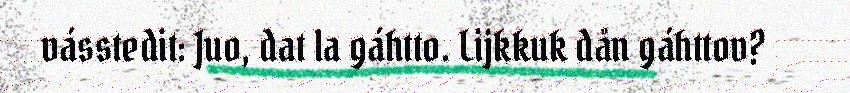
vásstedit: Juo, dat la gáhtto. Lijkkuk dån gáhttov?